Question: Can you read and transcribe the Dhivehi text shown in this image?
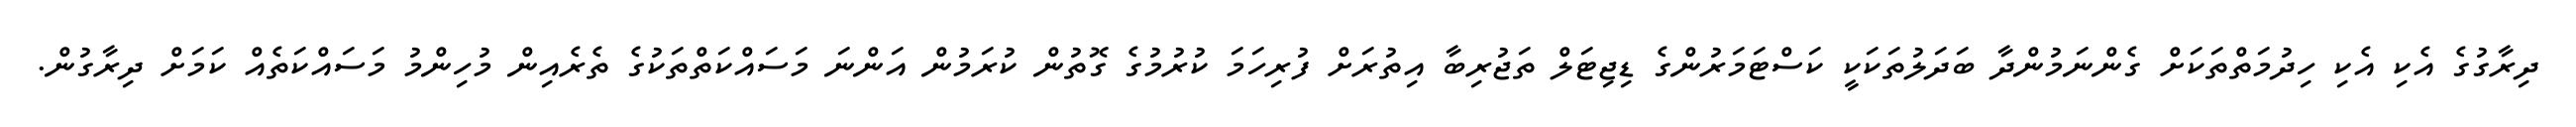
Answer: ދިރާގުގެ އެކި އެކި ހިދުމަތްތަކަށް ގެންނަމުންދާ ބަދަލުތަކަކީ ކަސްޓަމަރުންގެ ޑިޖިޓަލް ތަޖުރިބާ އިތުރަށް ފުރިހަމަ ކުރުމުގެ ގޮތުން ކުރަމުން އަންނަ މަސައްކަތްތަކުގެ ތެރެއިން މުހިންމު މަސައްކަތެއް ކަމަށް ދިރާގުން.